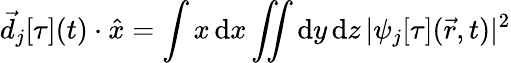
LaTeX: \vec{d}_{j}[\tau](t)\cdot\hat{x}=\int x\, \mathrm{d}x\iint\mathrm{d}y\, \mathrm{d}z\, |\psi_{j}[\tau](\vec{r},t)|^{2}